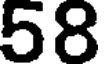
58